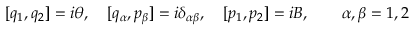
[ q _ { 1 } , q _ { 2 } ] = i \theta , \quad [ { q } _ { \alpha } , { p } _ { \beta } ] = i \delta _ { \alpha \beta } , \quad [ p _ { 1 } , p _ { 2 } ] = i B , \quad \quad \alpha , \beta = 1 , 2